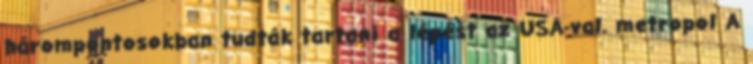
hárompontosokban tudták tartani a lépést az USA-val. metropol A